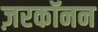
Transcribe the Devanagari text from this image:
ज़रकॉनन